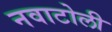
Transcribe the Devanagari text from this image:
नवाटोली